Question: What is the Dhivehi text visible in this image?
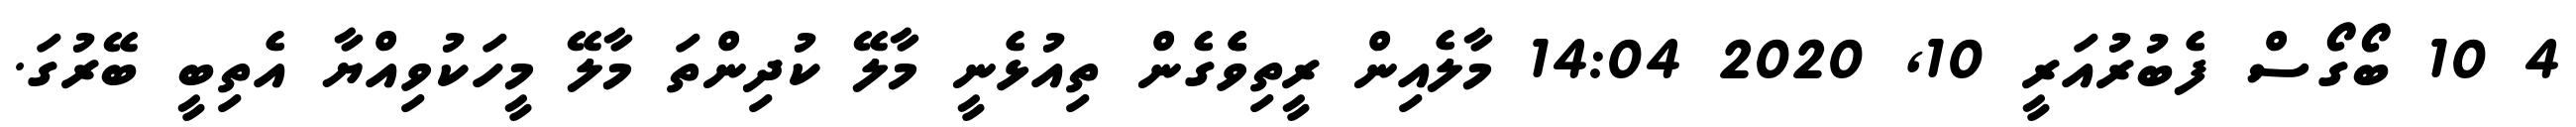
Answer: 4 10 ބޯގޯސް ފެބުރުއަރީ 10, 2020 14:04 މާލެއިން ރީތިވެެގެން ތިއުޅެނީ މާލޭ ކުދިންތަ މާލޭ މީހަކުވިއްޔާ އެތިބީ ބޭރުގަ.